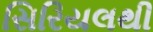
સિરિયલથી